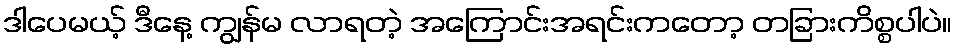
ဒါပေမယ့် ဒီနေ့ ကျွန်မ လာရတဲ့ အကြောင်းအရင်းကတော့ တခြားကိစ္စပါပဲ။